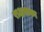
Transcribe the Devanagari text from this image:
राक्षसका